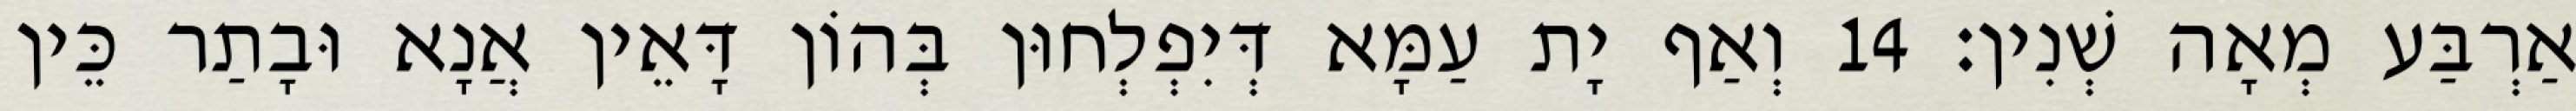
אַרְבַּע מְאָה שְׁנִין׃ 14 וְאַף יָת עַמָּא דְּיִפְלְחוּן בְּהוֹן דָּאֵין אֲנָא וּבָתַר כֵּין